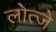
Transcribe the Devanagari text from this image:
लोत्जे